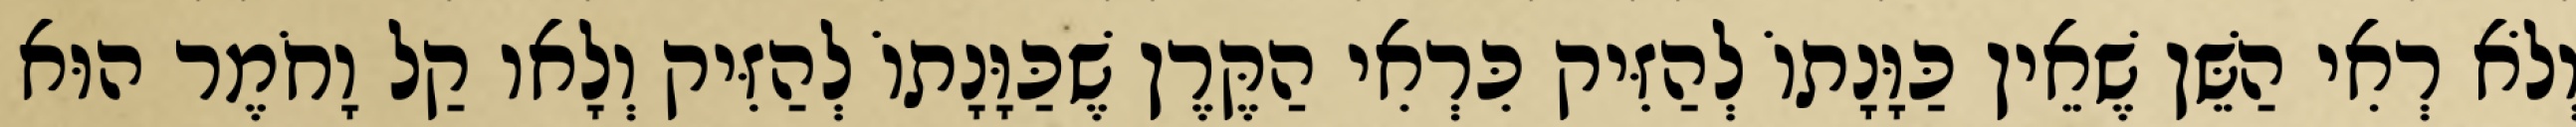
וְלֹא רְאִי הַשֵּׁן שֶׁאֵין כַּוָּנָתוֹ לְהַזִּיק כִּרְאִי הַקֶּרֶן שֶׁכַּוָּנָתוֹ לְהַזִּיק וְלָאו קַל וָחֹמֶר הוּא